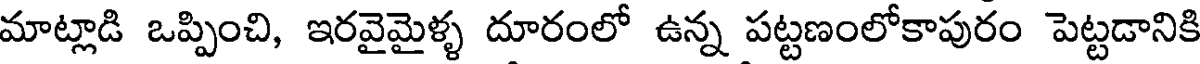
మాట్లాడి ఒప్పించి, ఇరవైమైళ్ళ దూరంలో ఉన్న పట్టణంలోకాపురం పెట్టడానికి